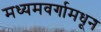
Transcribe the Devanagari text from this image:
मध्यमवर्गामधून